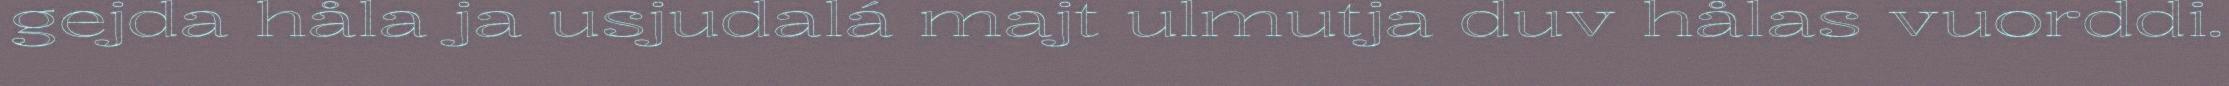
gejda håla ja usjudalá majt ulmutja duv hålas vuorddi.